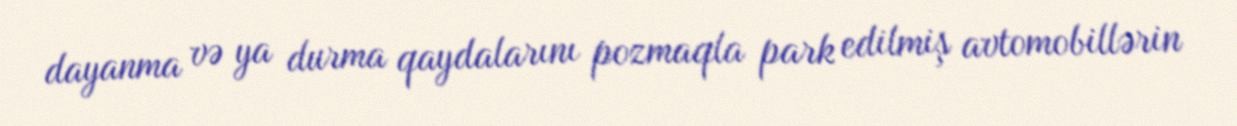
dayanma və ya durma qaydalarını pozmaqla park edilmiş avtomobillərin